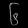
Digit: ၆